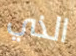
الذي